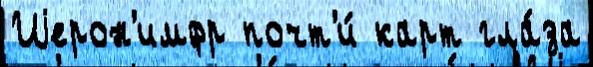
Иjерон'имфр почт'и́ карт гла́за